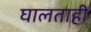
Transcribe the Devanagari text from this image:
घालताही